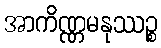
အာကိဏ္ဏမနုဿဉ္စ